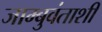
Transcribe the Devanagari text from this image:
जाम्बुवंताशी